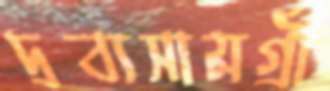
দ্রব্যসামগ্রী